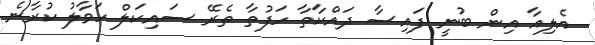
އެލިއާ އިން ބުނީ ފައިސާ ދައްކާތާ ހަފުތާ ތެރޭ ސައިކަލް ހަވާލު ކުރާނެ